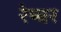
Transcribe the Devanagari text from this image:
रेप्चर